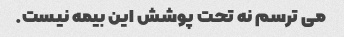
می ترسم نه تحت پوشش این بیمه نیست.